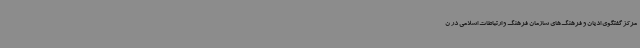
مرکز گفتگوی ادیان و فرهنگ‌های سازمان فرهنگ و ارتباطات اسلامی در ن